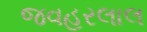
જવહરલાલ